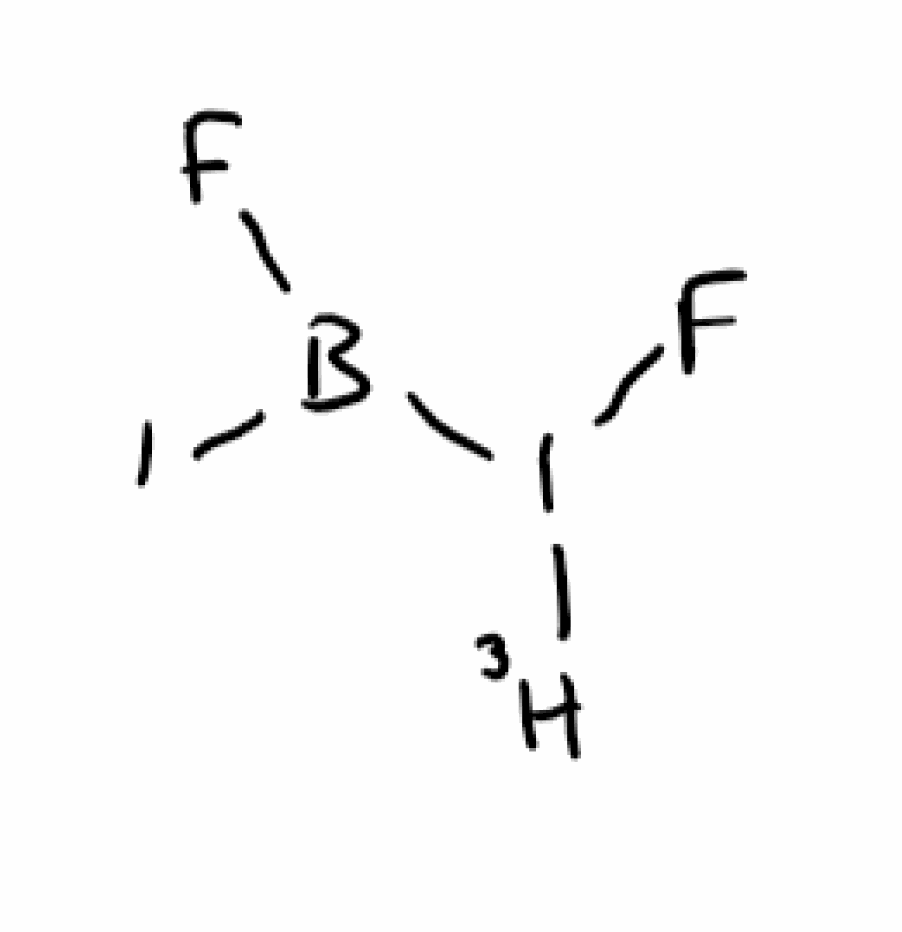
Simplified molecular-input line-entry system (SMILES) notation of the given molecule:
[3H]I(B(F)I)F